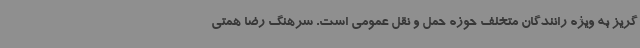
گریز به ویژه رانندگان متخلف حوزه حمل و نقل عمومی است. سرهنگ رضا همتی